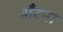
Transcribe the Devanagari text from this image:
डाँटना